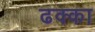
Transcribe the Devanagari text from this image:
ढक्का